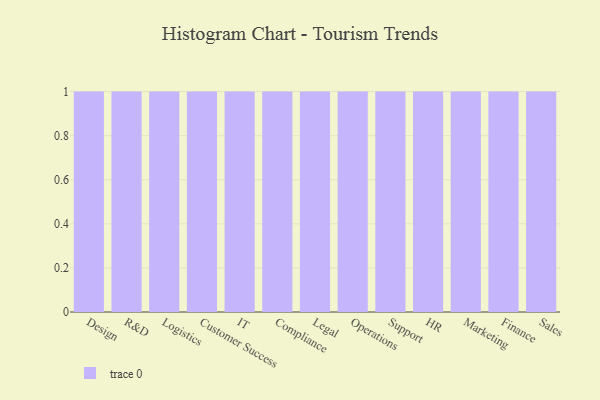
{"axis": {"x": "Department", "y": "Inventory Turnover"}, "legend": [""], "data": [{"x": "Design", "y": 26, "type": ""}, {"x": "R&D", "y": 18, "type": ""}, {"x": "Logistics", "y": 22, "type": ""}, {"x": "Customer Success", "y": 77, "type": ""}, {"x": "IT", "y": 34, "type": ""}, {"x": "Compliance", "y": 4, "type": ""}, {"x": "Legal", "y": 42, "type": ""}, {"x": "Operations", "y": 96, "type": ""}, {"x": "Support", "y": 38, "type": ""}, {"x": "HR", "y": 40, "type": ""}, {"x": "Marketing", "y": 66, "type": ""}, {"x": "Finance", "y": 34, "type": ""}, {"x": "Sales", "y": 54, "type": ""}]}